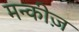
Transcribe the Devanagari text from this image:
मन्कीज़